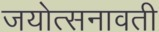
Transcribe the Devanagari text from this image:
जयोत्सनावती